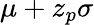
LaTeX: \mu+z_{p}\sigma